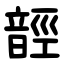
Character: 䪫